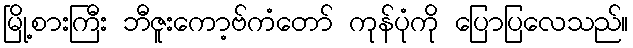
မြို့စားကြီး ဘီဇူးကော့ဗ်ကံတော် ကုန်ပုံကို ပြောပြလေသည်။